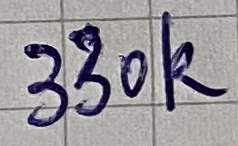
Text: 330K